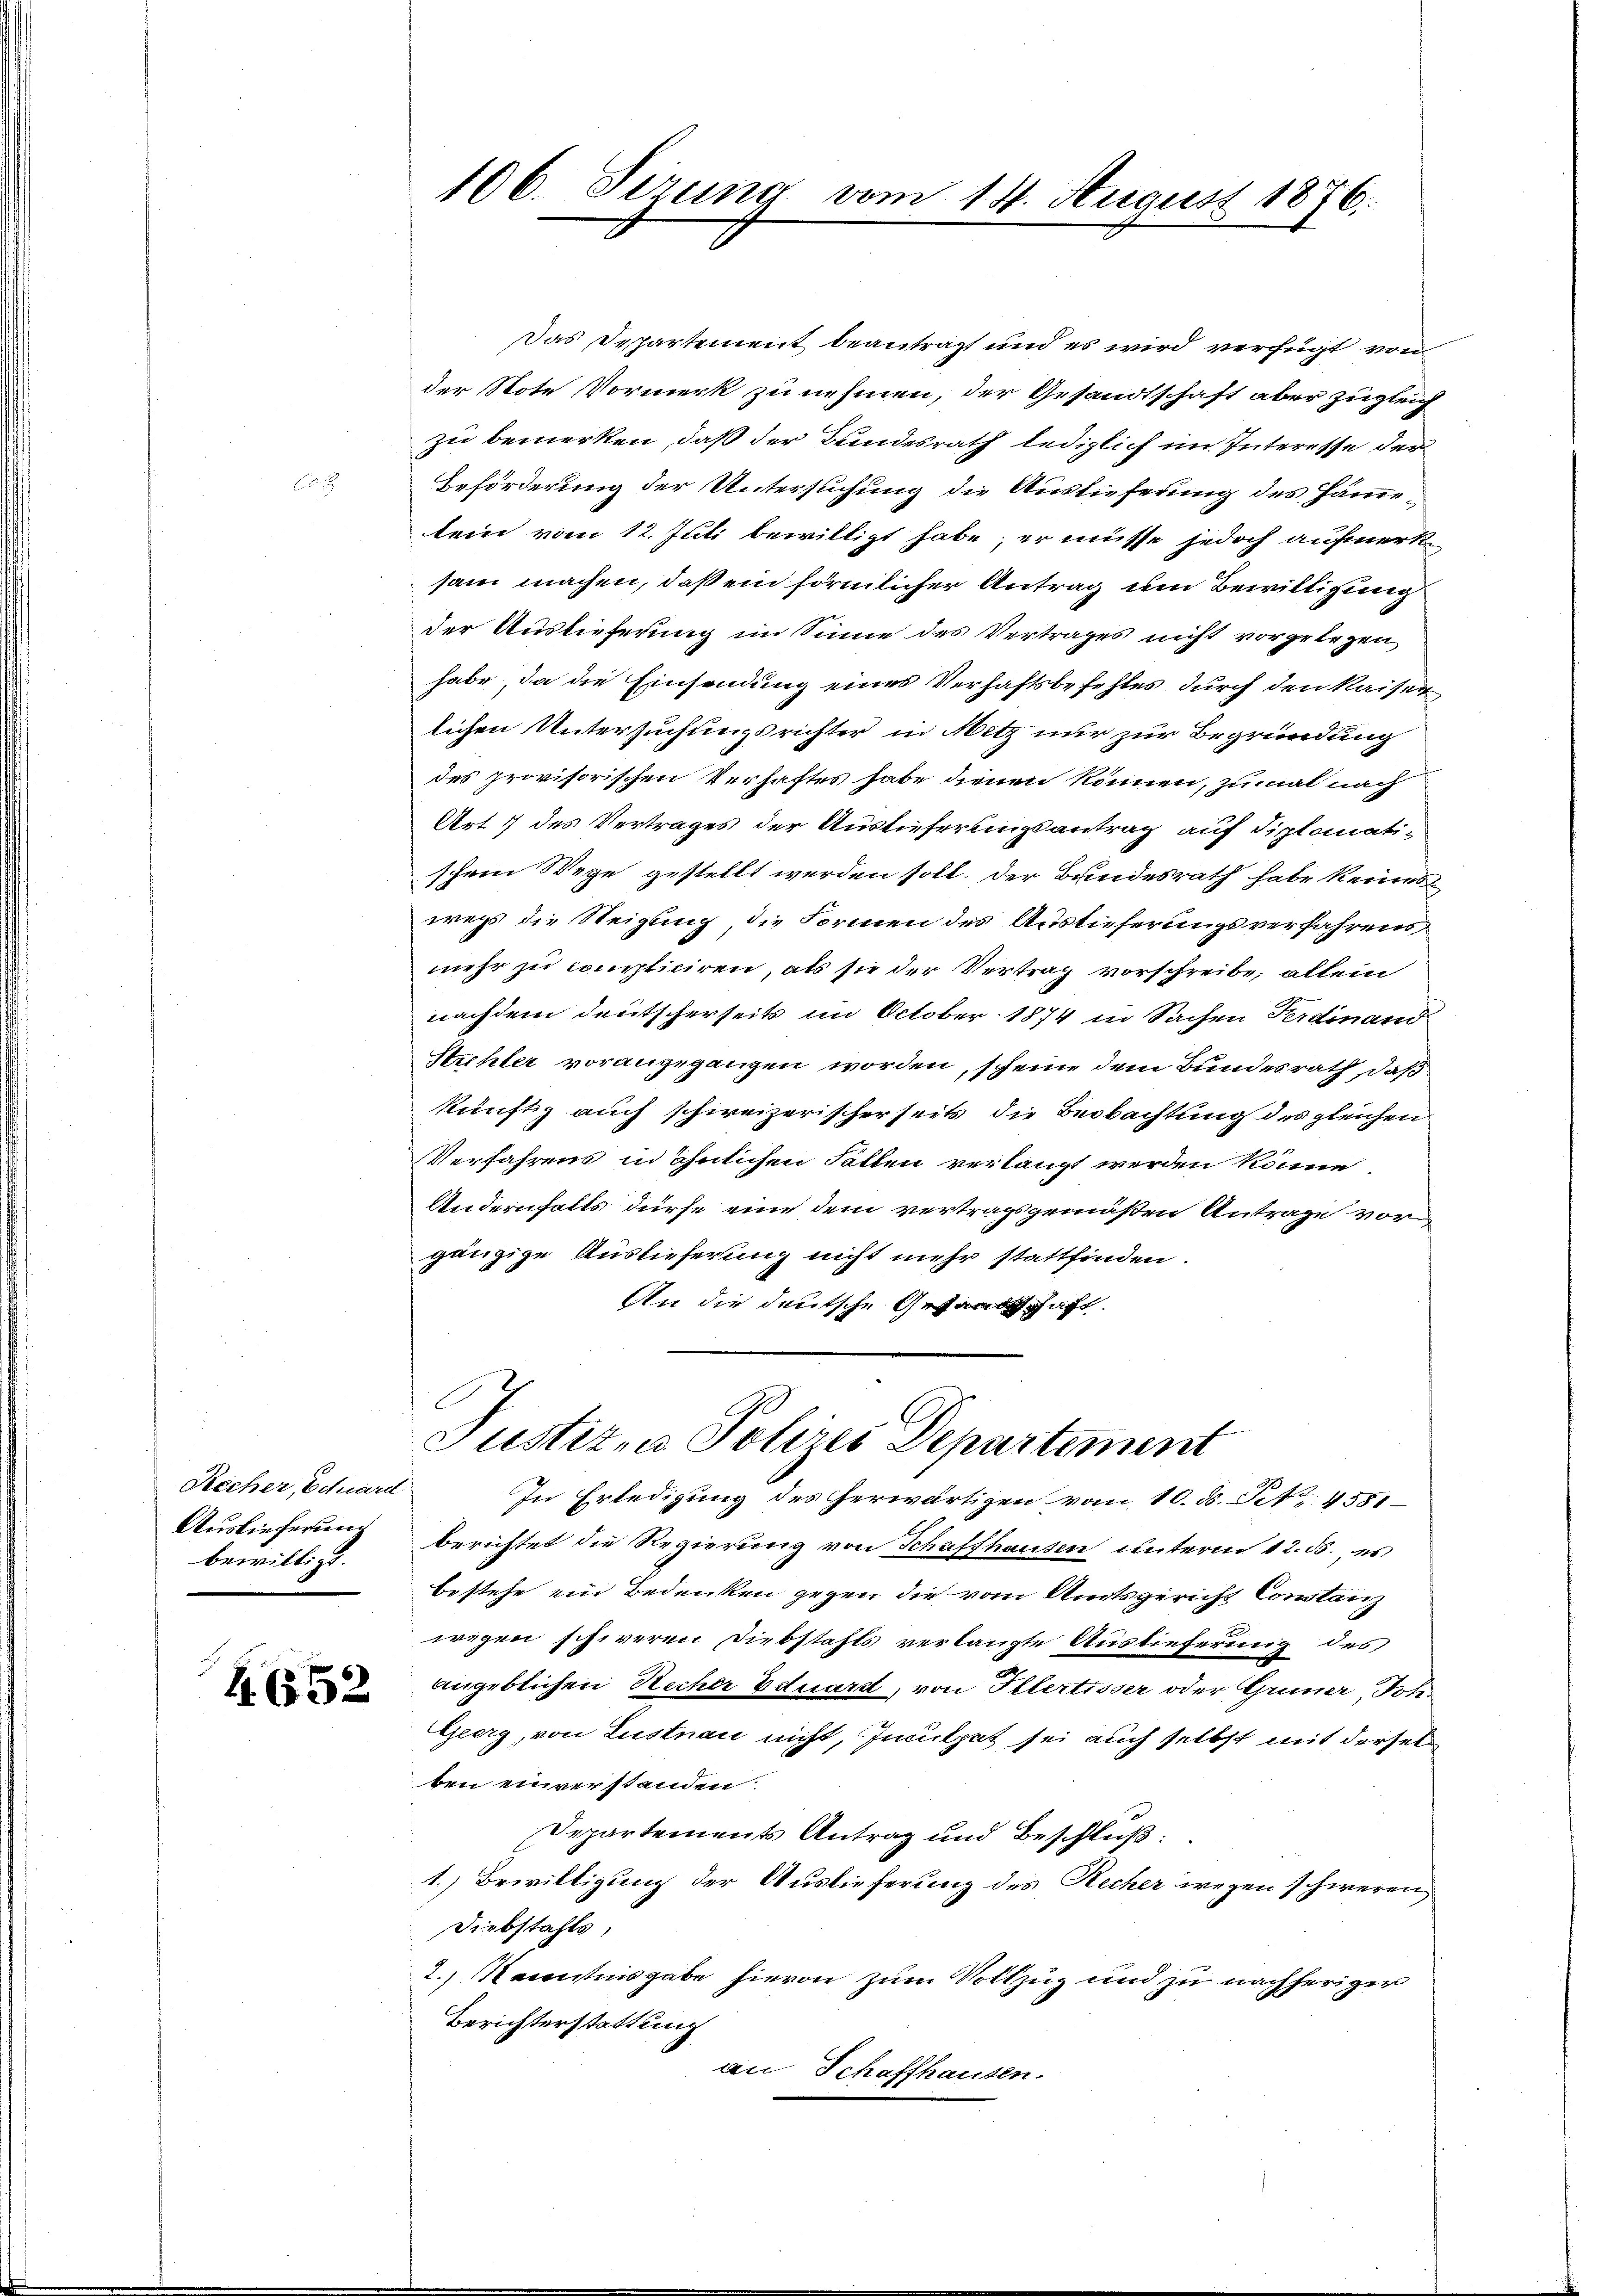
Riecher, Eduard
Auslieferung
bewilligt.

652

Das Departement beantragt und es wird verfügt von
der Note Vormerk zu nehmen, der Gesandtschaft aber zugleich
zu bemerken, daß der Bundesrath lediglich im Interesse der
Beförderung der Untersuchung die Auslieferung des Hämmelein vom 12. Juli bewilligt habe; er müsse jedoch aufmerksam machen, daß ein förmlicher Antrag um Bewilligung
der Auslieferung im Sinne des Vertrages nicht vorgelegen,
habe, da die Einsendung eines Verhaftsbefehles durch den Kaisenlichen Untersuchungsrichter in Metz nur zur Begründung
des provisorischen Verhaftes habe dienen können, zumal nach
Art. 7 des Vertrages der Auslieferlingsantrag auf diplomatischem Wege gestellt werden soll. Der Bundesrath habe keines
wegs die Steigung, die Formen des Auslieferungsverfahrens
mehr zu compliciren, als sie der Vertrag vorschreibe; allein
nachdem deutscherseits im October 1874 in Sachen Ferdinand
Strehler vorangegangen worden, scheine dem Bundesrath, daß
künftig auch schweizerischerseits die Beobachtung des gleichen
Verfahrens in ähnlichen Fällen verlangt werden könne
Andernfalls dürfe eine dem vertragsgemäßen Antrage vorgänzige Auslieferung nicht mehr stattfinden.
An die deutsche Gesandtschaft

106. Sizung

berichtet die Regierung von Schaffhausen unterm 12. ds. es
bestehe ein Bedenken gegen die vom Amtsgericht Constanz
wegen schweren Diebstahls verlangte Auslieferung des
angeblichen Recher Eduard, von Illertisser oder Griner Joh.
Geerg, von Lustnau nicht, Inculpat sei auch selbst mit dersel
ben einverstanden.
Departements Antrag und Beschluß:
1.) Bewilligung der Auslieferung des Recher wegen schweren,
Diebstahls,
2.) Macentnisgabe hievon zum Vollzug und zu nachheriger
Berichterstattung
an Schaffhausen.

vom 14. August 1876.

Justiz- u Polizei Departement
In Erledigung des erwärtigen vom 10. d. Pott, 4581